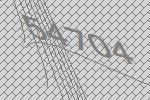
54704